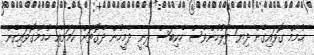
ހުމާމް ގޮވައިގެން ދިޔަ ފުލުހުންވެސް ހެކިބަސް ދިނީ ދެމީހުން ދެގޮތަށް ކަމަށާއި ހުމާމްގޮވައިގެން